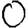
Digit: 0